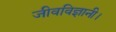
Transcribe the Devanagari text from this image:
जीवविज्ञानी।